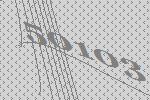
50103